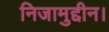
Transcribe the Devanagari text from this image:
निजामुद्दीन।